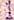
1